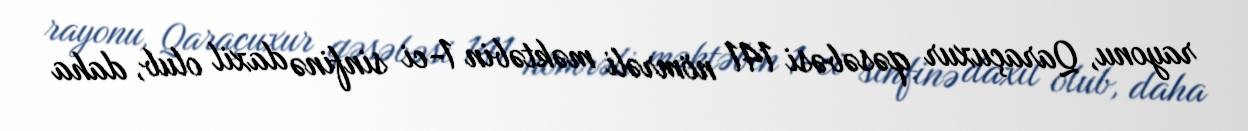
rayonu, Qaraçuxur qəsəbəsi 141 nömrəli məktəbin 1-ci sinfinə daxil olub, daha